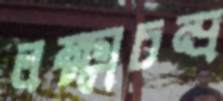
লক্ষ্মচন্দ্র